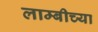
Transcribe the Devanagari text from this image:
लाम्बीच्या